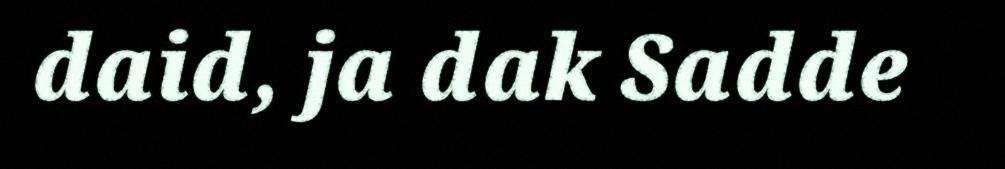
daid, ja dak Sadde